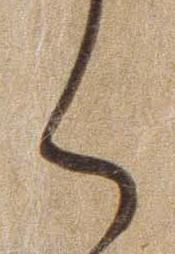
く